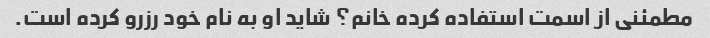
مطمئنی از اسمت استفاده کرده خانم؟ شاید او به نام خود رزرو کرده است.